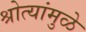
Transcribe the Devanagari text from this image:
श्रोत्यांमुळे